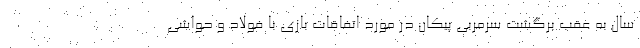
سال به عقب برگشت سرمربی پیکان در مورد اتفاقات بازی با فولاد و حواشی